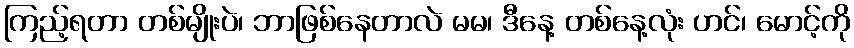
ကြည့်ရတာ တစ်မျိုးပဲ၊ ဘာဖြစ်နေတာလဲ မမ၊ ဒီနေ့ တစ်နေ့လုံး ဟင်၊ မောင့်ကို